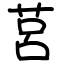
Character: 莒